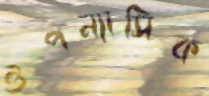
ঔপন্যাসিক